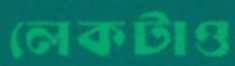
লেকটাও